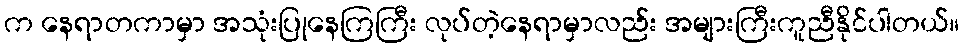
က နေရာတကာမှာ အသုံးပြုနေကြကြီး လုပ်တဲ့နေရာမှာလည်း အများကြီးကူညီနိုင်ပါတယ်။